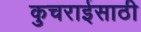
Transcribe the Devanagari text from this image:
कुचराईसाठी